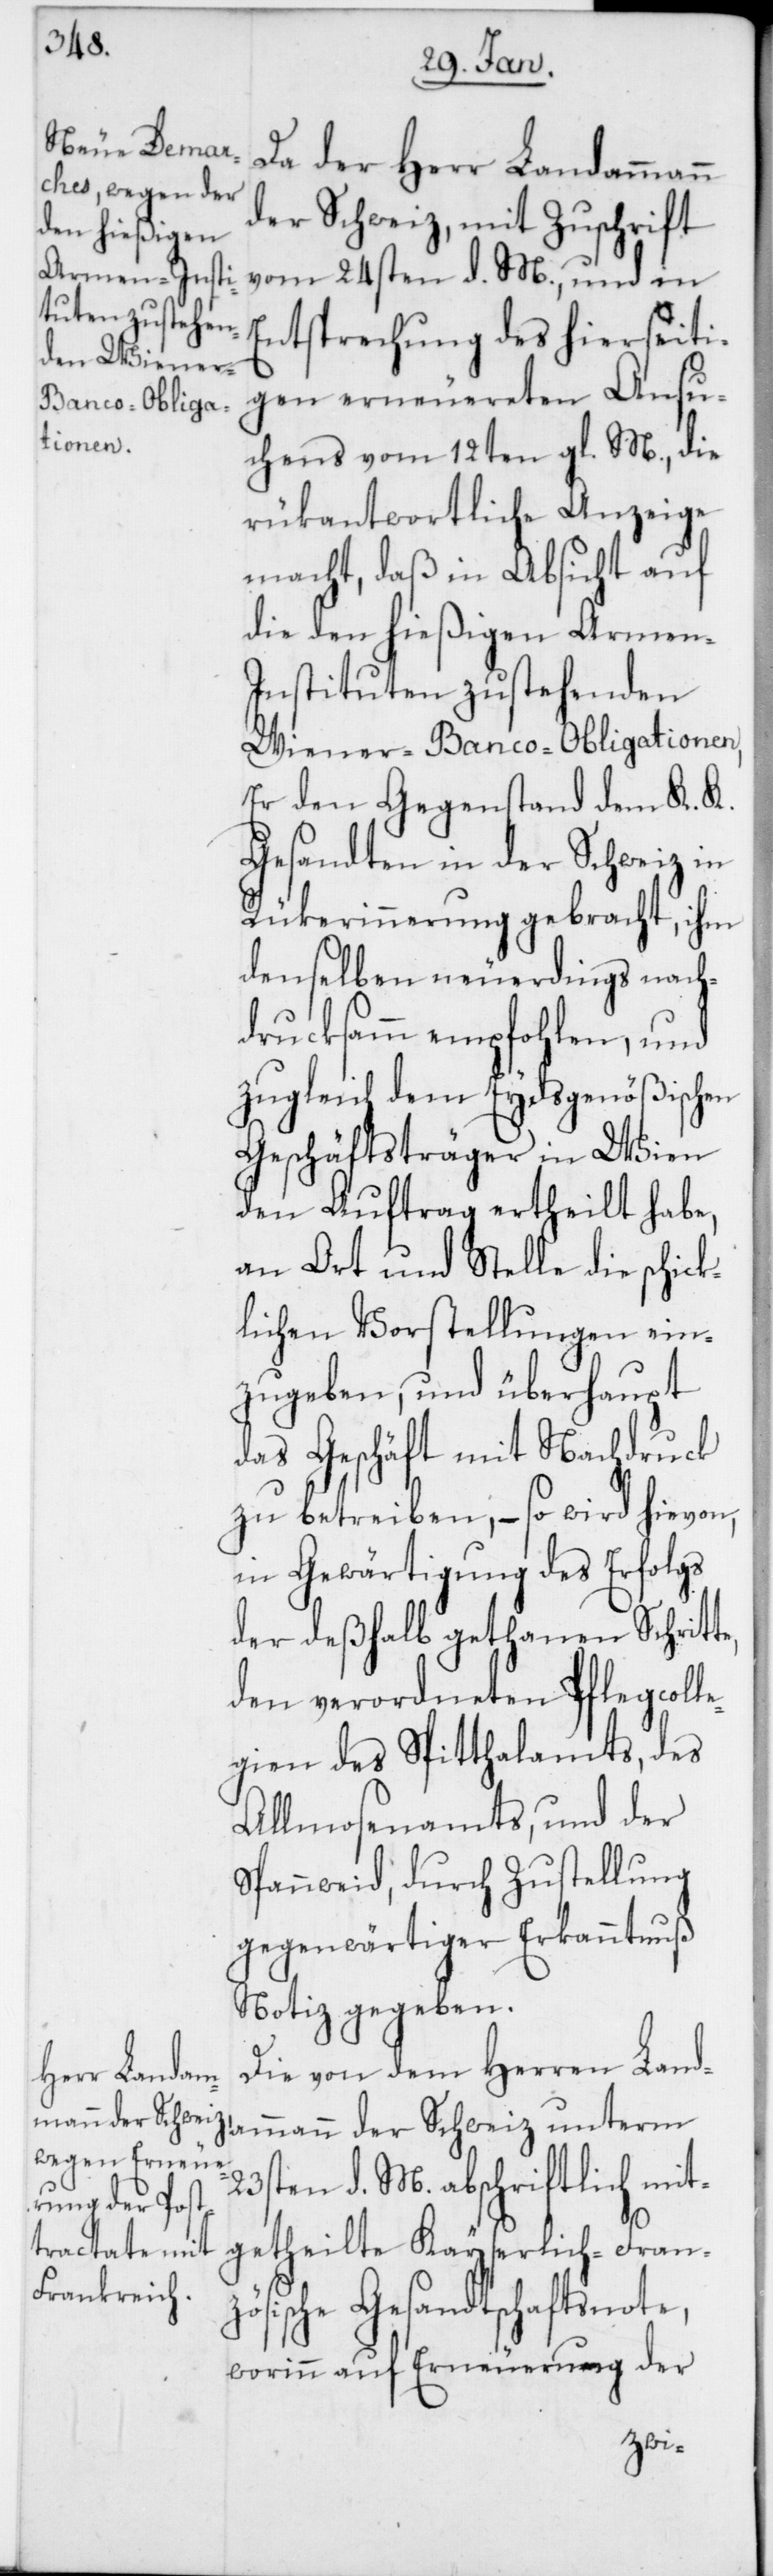
Da der Herr Landammann
der Schweiz, mit Zuschrift
vom 24sten d. M., und in
Entsprechung des hierseiti¬
gen erneuereten Ansu¬
chens vom 12ten gl. M., die
rükantwortliche Anzeige
macht, daß in Absicht auf
die den hießigen Armen-I¬
nstituten zustehenden
Wiener-Banco-Obligationen,
Er den Gegenstand dem K. K.
Gesandten in der Schweiz in
Rükerinnerung gebracht, ihm
denselben neuerdings nach¬
drucksamm empfohlen, und
zugleich dem Eydsgenößischen
Geschäftsträger in Wien
den Auftrag ertheilt habe,
an Ort und Stelle die schick¬
lichen Vorstellungen ein¬
zugeben, und überhaupt
das Geschäft mit Nachdruck
zu betreiben, – so wird hievon,
in Gewärtigung des Erfolgs
der deßhalb gethanen Schritte,
den verordneten Pflegcoll¬
egien des Spitthalamts, des
Allmosenamts, und der
Spannweid, durch Zustellung
gegenwärtiger Erkanntnuß
Notiz gegeben.
Die von dem Herren Land¬
ammann der Schweiz unterm
23sten d. M. abschriftlich mit¬
getheilte Kaiserlich-Fran¬
zösische Gesandtschaftsnote,
worinn auf Erneuerung der